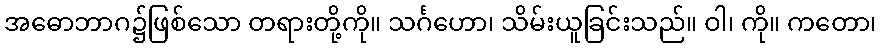
အဓောဘာဂ၌ဖြစ်သော တရားတို့ကို။ သင်္ဂဟော၊ သိမ်းယူခြင်းသည်။ ဝါ၊ ကို။ ကတော၊